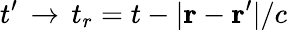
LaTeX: t^{\prime}\, \to\, t_{r}=t-|{\mathbf r}-{\mathbf r}^{\prime}|/c